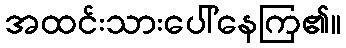
အထင်းသားပေါ်နေကြ၏။